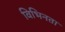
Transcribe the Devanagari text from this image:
विभिनता